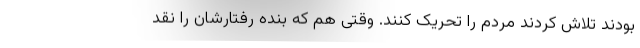
بودند تلاش کردند مردم را تحریک کنند. وقتی هم که بنده رفتارشان را نقد